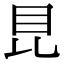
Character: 𥄀